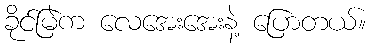
ခိုင်မြဲက လေအေးအေးနဲ့ ပြောတယ်။